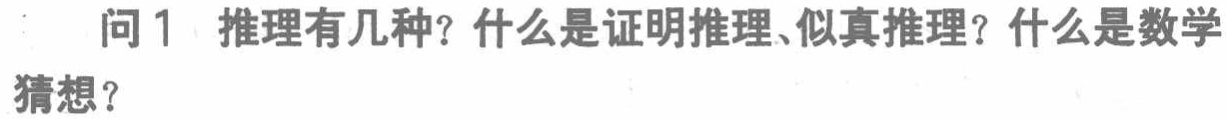
问1 推理有几种？什么是证明推理、似真推理？什么是数学猜想？